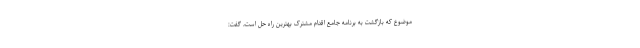
موضوع که بازگشت به برنامه جامع اقدام مشترک بهترین راه حل است، گفت: